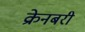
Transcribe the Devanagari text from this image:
क्रेनबरी